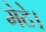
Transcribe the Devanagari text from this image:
मेटे।